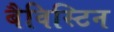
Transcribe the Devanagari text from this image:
बैविस्टिन